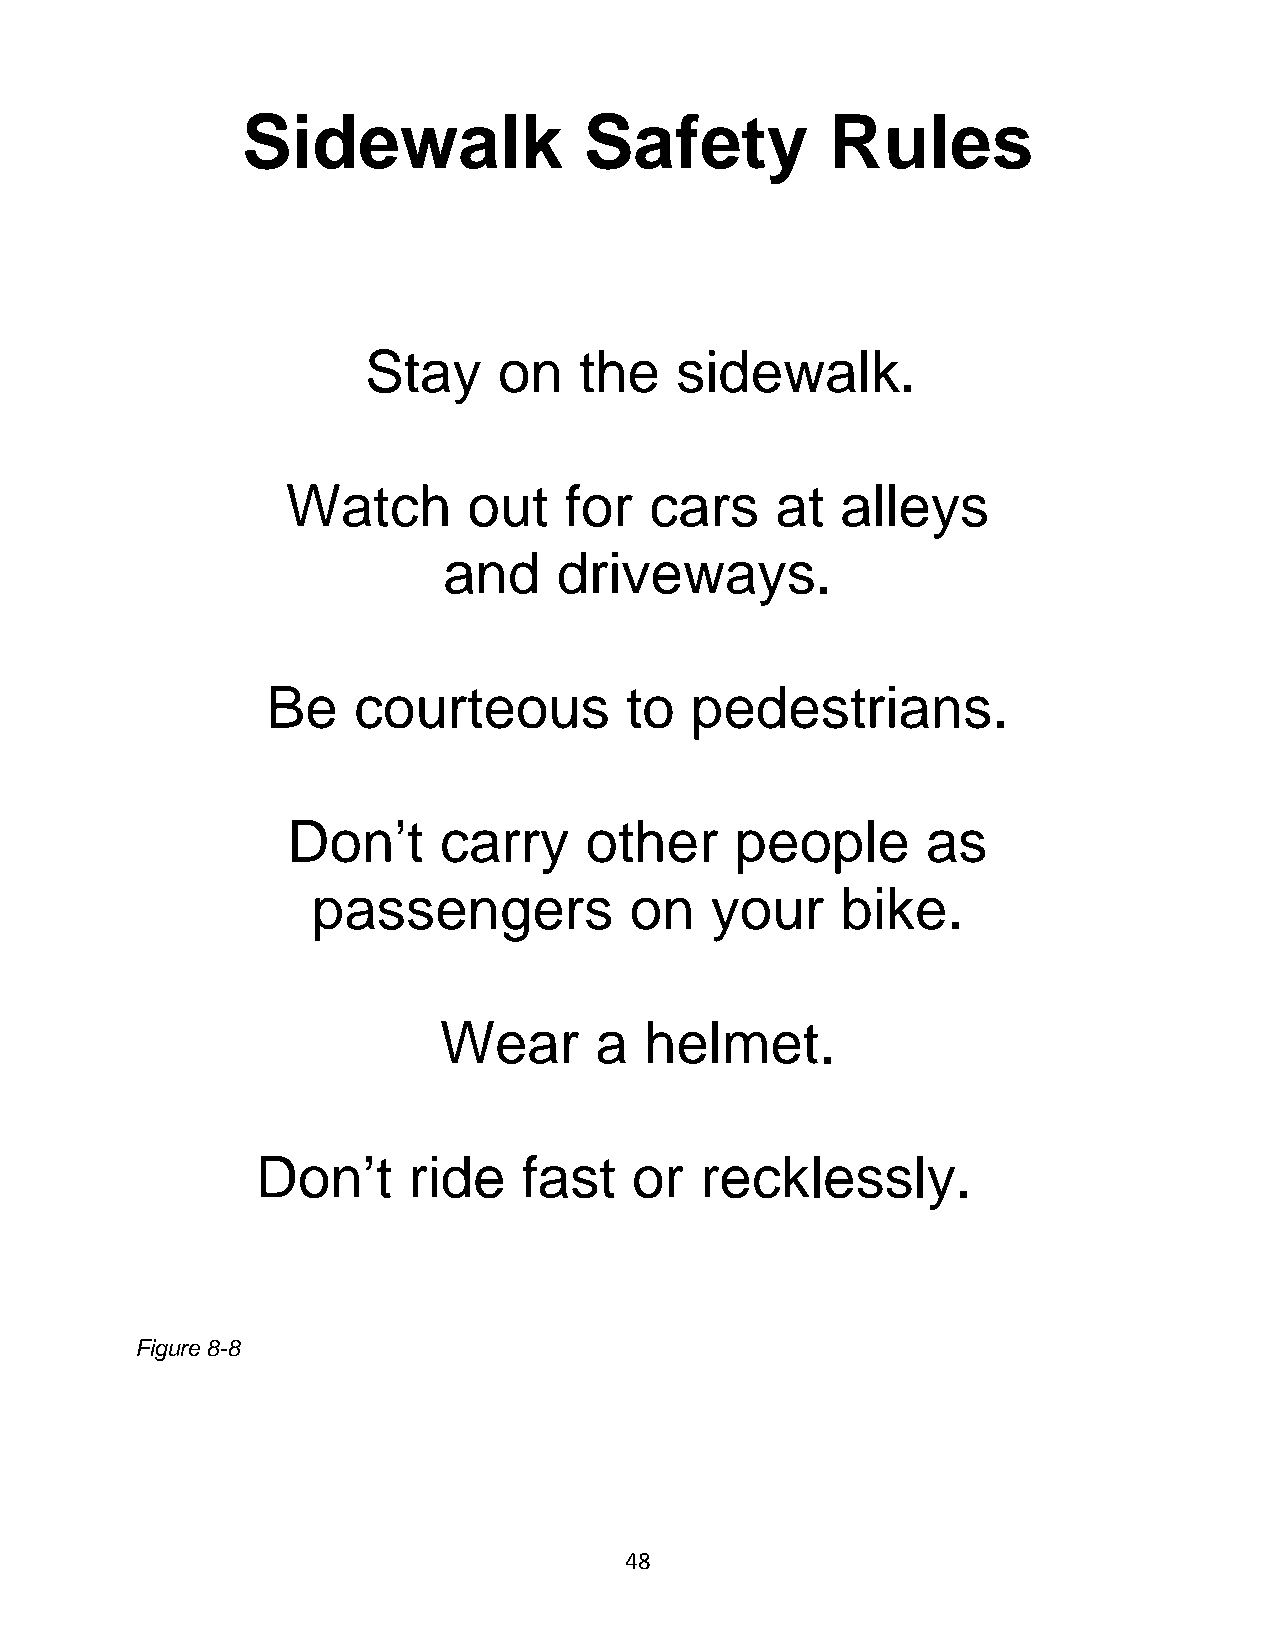
Sidewalk               Safety          Rules
 Stay     on   the    sidewalk.
 Watch       out   for   cars    at   alleys
 and     driveways.
 Be   courteous         to   pedestrians.
 Don’t     carry     other     people      as
 passengers           on   your     bike.
 Wear      a   helmet.
 Don’t     ride    fast   or  recklessly.
 Figure 8-8
 48